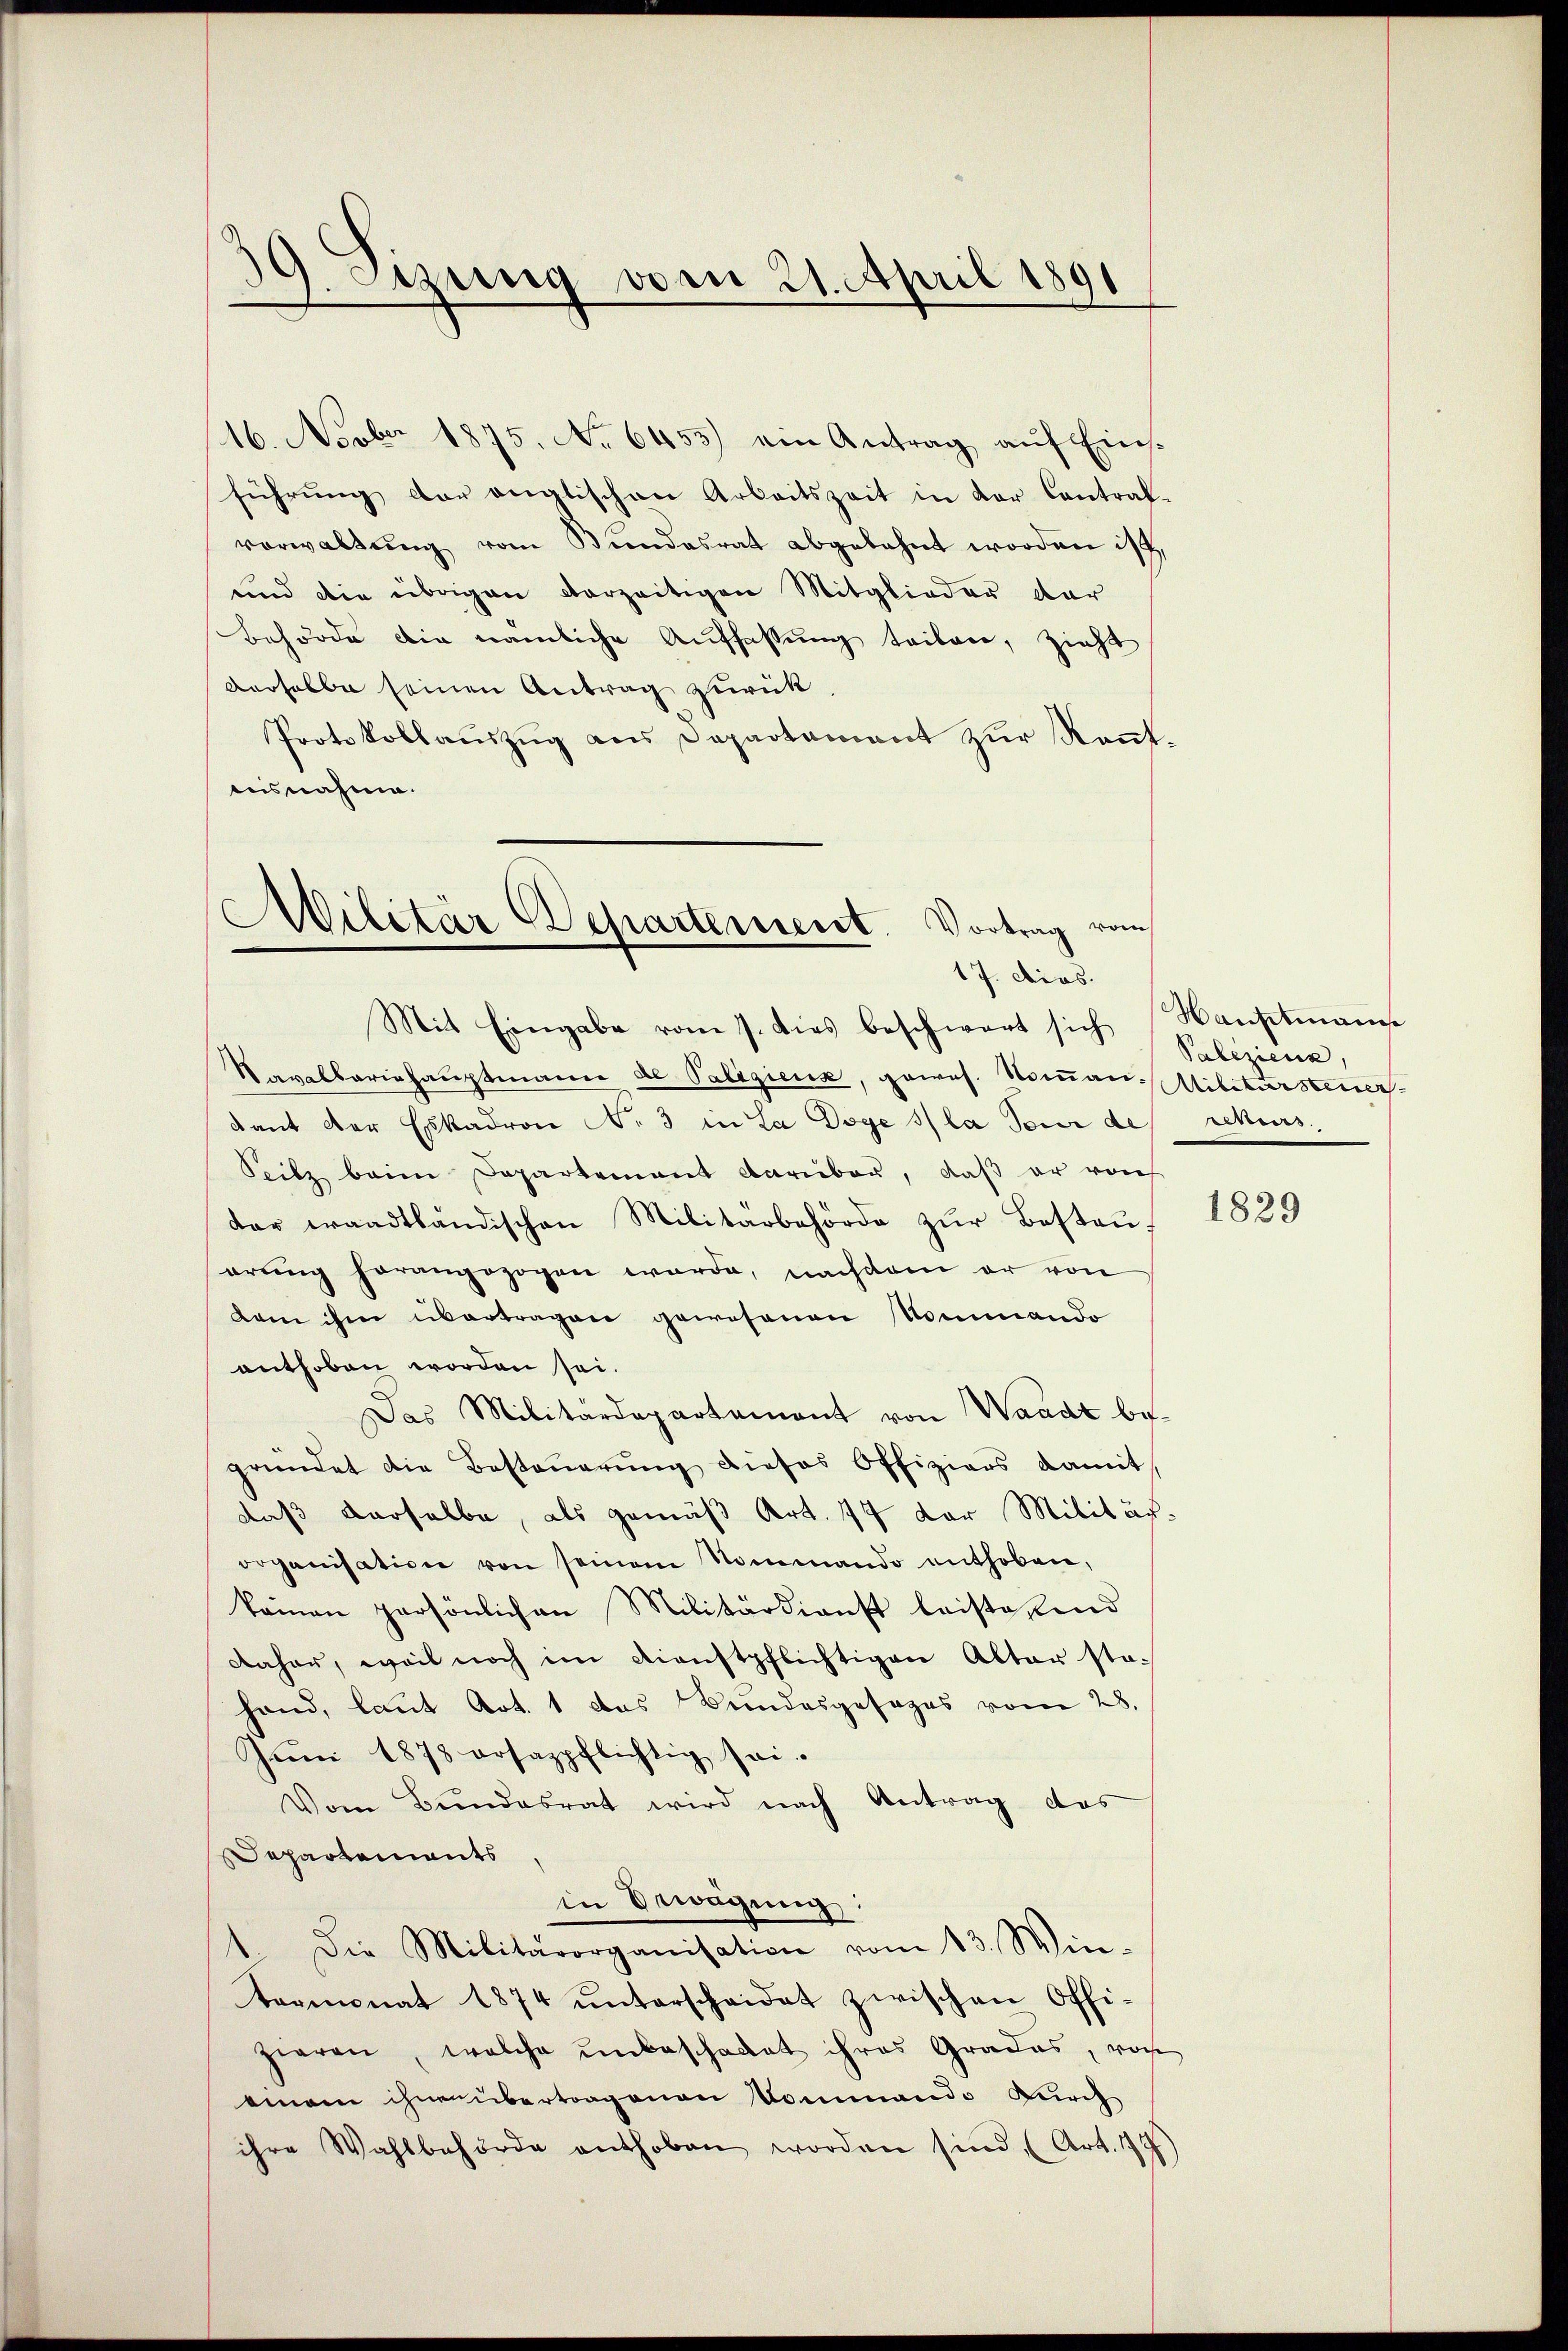
39. Sizung vom 21. April 1891

16. Novber 1875. No 6453) ein Antrag, auf Einsführung der anglischen Arbeitszeit in der Contralvorwaltŭng vom Bundesrat abgebahnt worden ist,
und die übrigen vorzeitigen Mitglieder dar
Behörde die nämliche Auffassung teilen, zieht
derselbe seinen Antrag zurück
Protokollauszug aus Departament zur Rentausnahme.

s
Militär Departement. Vortrag vom
17. dies.

Mit Eingabe vom 1. dies beschwart sich Hauptmanne
Navelbariehauptmann de Palegienz, gewes. Noman Militärsteuersdant der Eskadron No 3 in La Doge la seur des rekurs
Seitz beim Departement darüber, daß er von
der waadtländischen Militärbehörde zŭr Besteŭ
erŭng herangezogen werde, nachdem er von
dam ihm übertragen gewesenen Kommando
enthoben worden sei.
Das Militärdepartement von Waadt begründet die Besteŭerŭng dieses Offiziers damit
daß derselbe, als gemäß Art. 77 der Militär-
organisation von seinem Nommando enthoben,
kamen persönlichen Militärdienst leiste sind
daher, weil noch im Dienstpflichtigen Alter sta-
hand, laut Art. 1 das Bundesgesages vom 28.
Jŭni 1878 ersazpflichtig sei.
Vom Bŭndesrat wird nach Antrag des
Departements
in Erwägŭng:
1. Die Militärorganisation vom 13. Win-
termonat 1874 ŭnterscheidet zwischen Offi-
zieren, welche unbeschadet ihres Grades, vorh
einem ihnen übertragenen Kommando durch
ihre Wahlbehörde enthoben worden sind (Art. 145

Palizienz,

1829